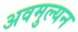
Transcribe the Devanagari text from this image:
अवमुल्यन